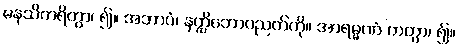
မနသိကရိတွာ၊ ၍။ အဘာဝံ၊ နတ္ထိဘောပညတ်ကို။ အာရမ္မဏံ ကတွာ၊ ၍။